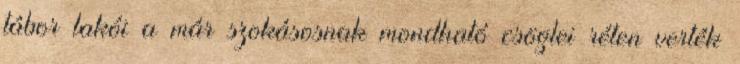
tábor lakói a már szokásosnak mondható csöglei réten verték